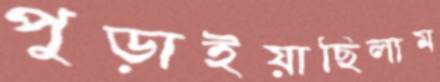
পুড়াইয়াছিলাম